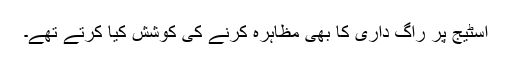
اسٹیج پر راگ داری کا بھی مظاہرہ کرنے کی کوشش کیا کرتے تھے۔